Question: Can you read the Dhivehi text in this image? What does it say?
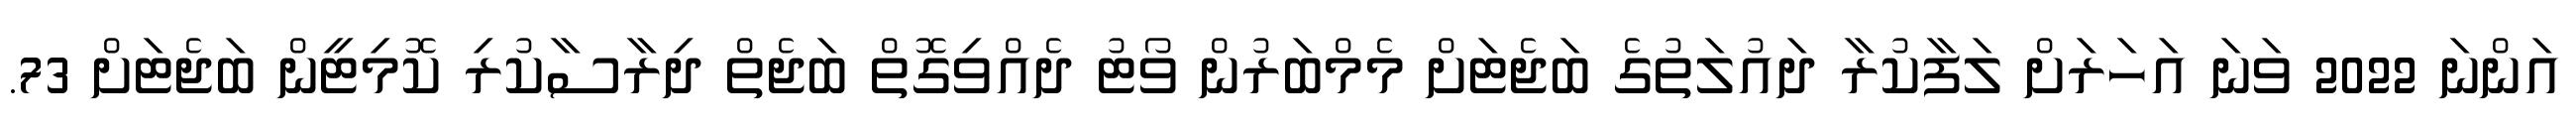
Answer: އަންނަ 2022 ވަނަ އަހަރަށް ލަފާކުރާ ދައުލަތުގެ ބަޖެޓަށް މެމްބަރުން ވޯޓު ދެއްވިގޮތް ބަޖެތް ދިރާސާކުރި ކޮމިޓީން ބަޖެޓަށް 73.